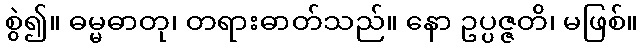
စွဲ၍။ ဓမ္မဓာတု၊ တရားဓာတ်သည်။ နော ဥပ္ပဇ္ဇတိ၊ မဖြစ်။